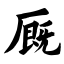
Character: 厩